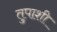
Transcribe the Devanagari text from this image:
तुपाशी